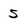
Character: 5